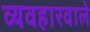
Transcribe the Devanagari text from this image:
व्यवहारवाले